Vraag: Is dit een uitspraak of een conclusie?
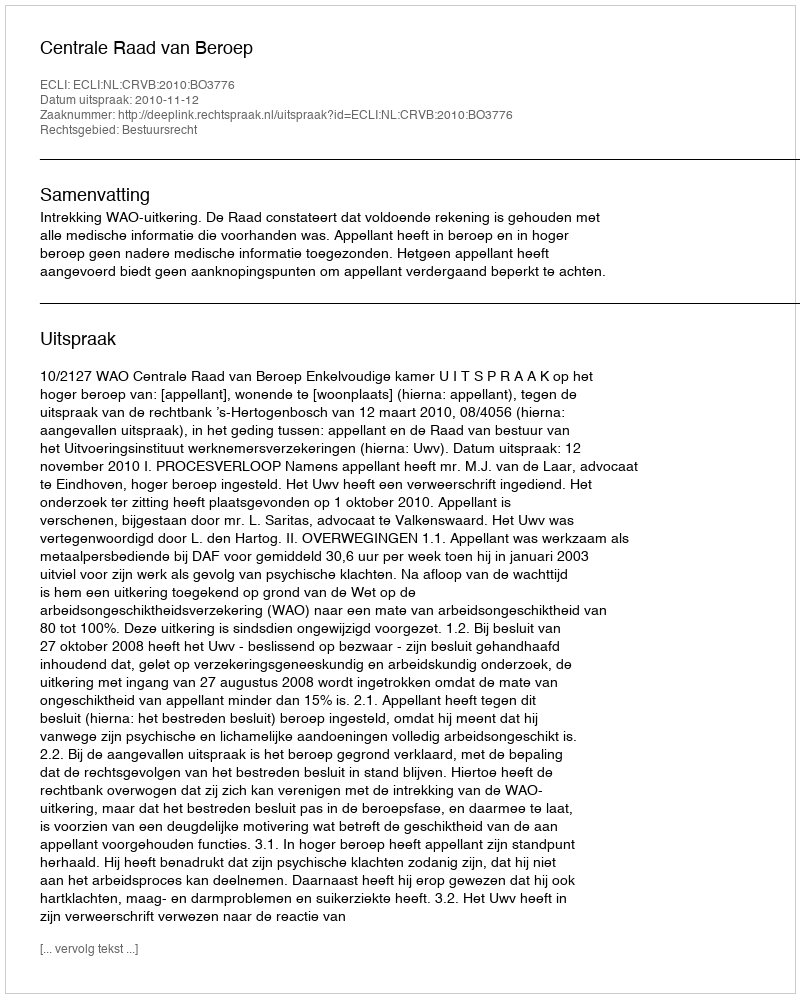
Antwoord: Uitspraak